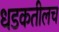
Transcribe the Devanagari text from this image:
धडकतीलच